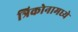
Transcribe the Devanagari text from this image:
त्रिकोनामध्ये